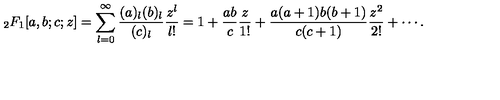
_ 2 F _ { 1 } [ a , b ; c ; z ] = \sum _ { l = 0 } ^ { \infty } { \frac { ( a ) _ { l } ( b ) _ { l } } { ( c ) _ { l } } } { \frac { z ^ { l } } { l ! } } = 1 + { \frac { a b } { c } } { \frac { z } { 1 ! } } + { \frac { a ( a + 1 ) b ( b + 1 ) } { c ( c + 1 ) } } { \frac { z ^ { 2 } } { 2 ! } } + \cdots .